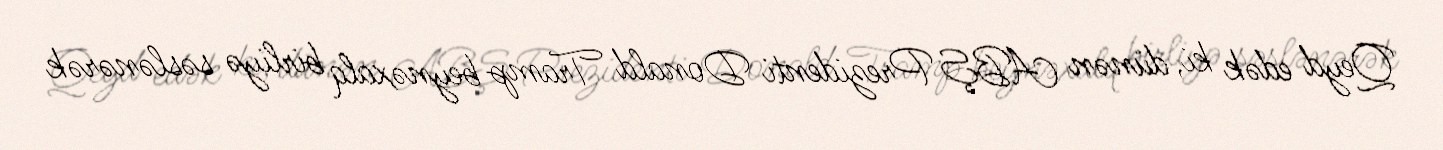
Qeyd edək ki, dünən ABŞ Prezidenti Donald Tramp beynəxalq birliyə səslənərək